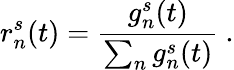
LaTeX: r_{n}^{s}(t)=\frac{g_{n}^{s}(t)}{\sum_{n}g_{n}^{s}(t)}~.